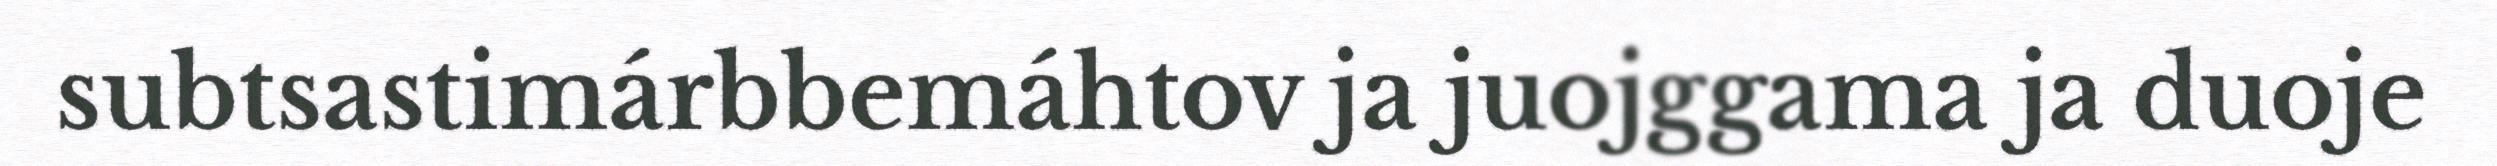
subtsastimárbbemáhtov ja juojggama ja duoje